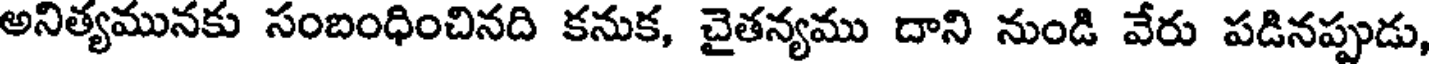
అనిత్యమునకు సంబంధించినది కనుక, చైతన్యము దాని నుండి వేరు పడినప్పుడు,